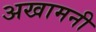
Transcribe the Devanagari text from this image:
अखामनी